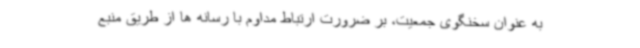
به عنوان سخنگوی جمعیت، بر ضرورت ارتباط مداوم با رسانه ها از طریق منبع